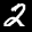
Label: 2